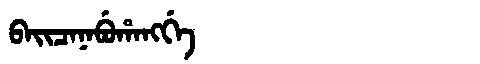
Manchu: ᠪᠠᡳᠴᠠᠨᠠᠪᡠᡥᠠᠩᡤᡝ
Romanization: BAICANABUHANGGE